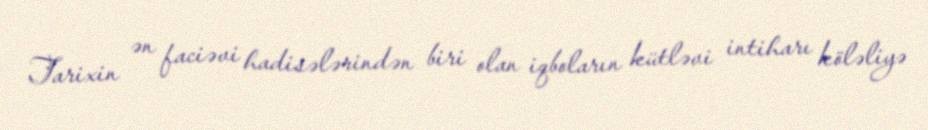
Tarixin ən faciəvi hadisələrindən biri olan iqboların kütləvi intiharı köləliyə